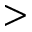
>